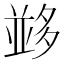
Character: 𡖼